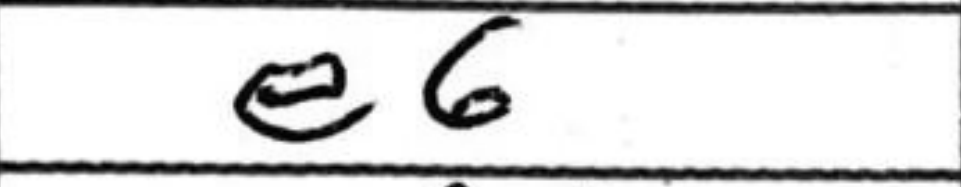
Transcription: e6